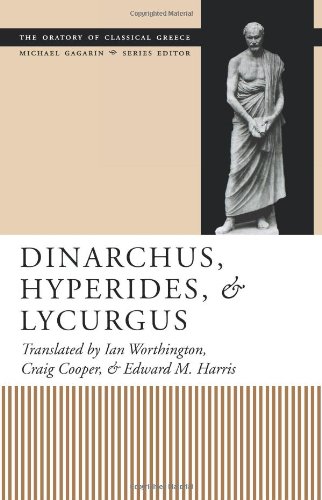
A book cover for Dinarchus, Hyperides, and Lycurgus:  (Oratory of Classical Greece); Literature & Fiction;